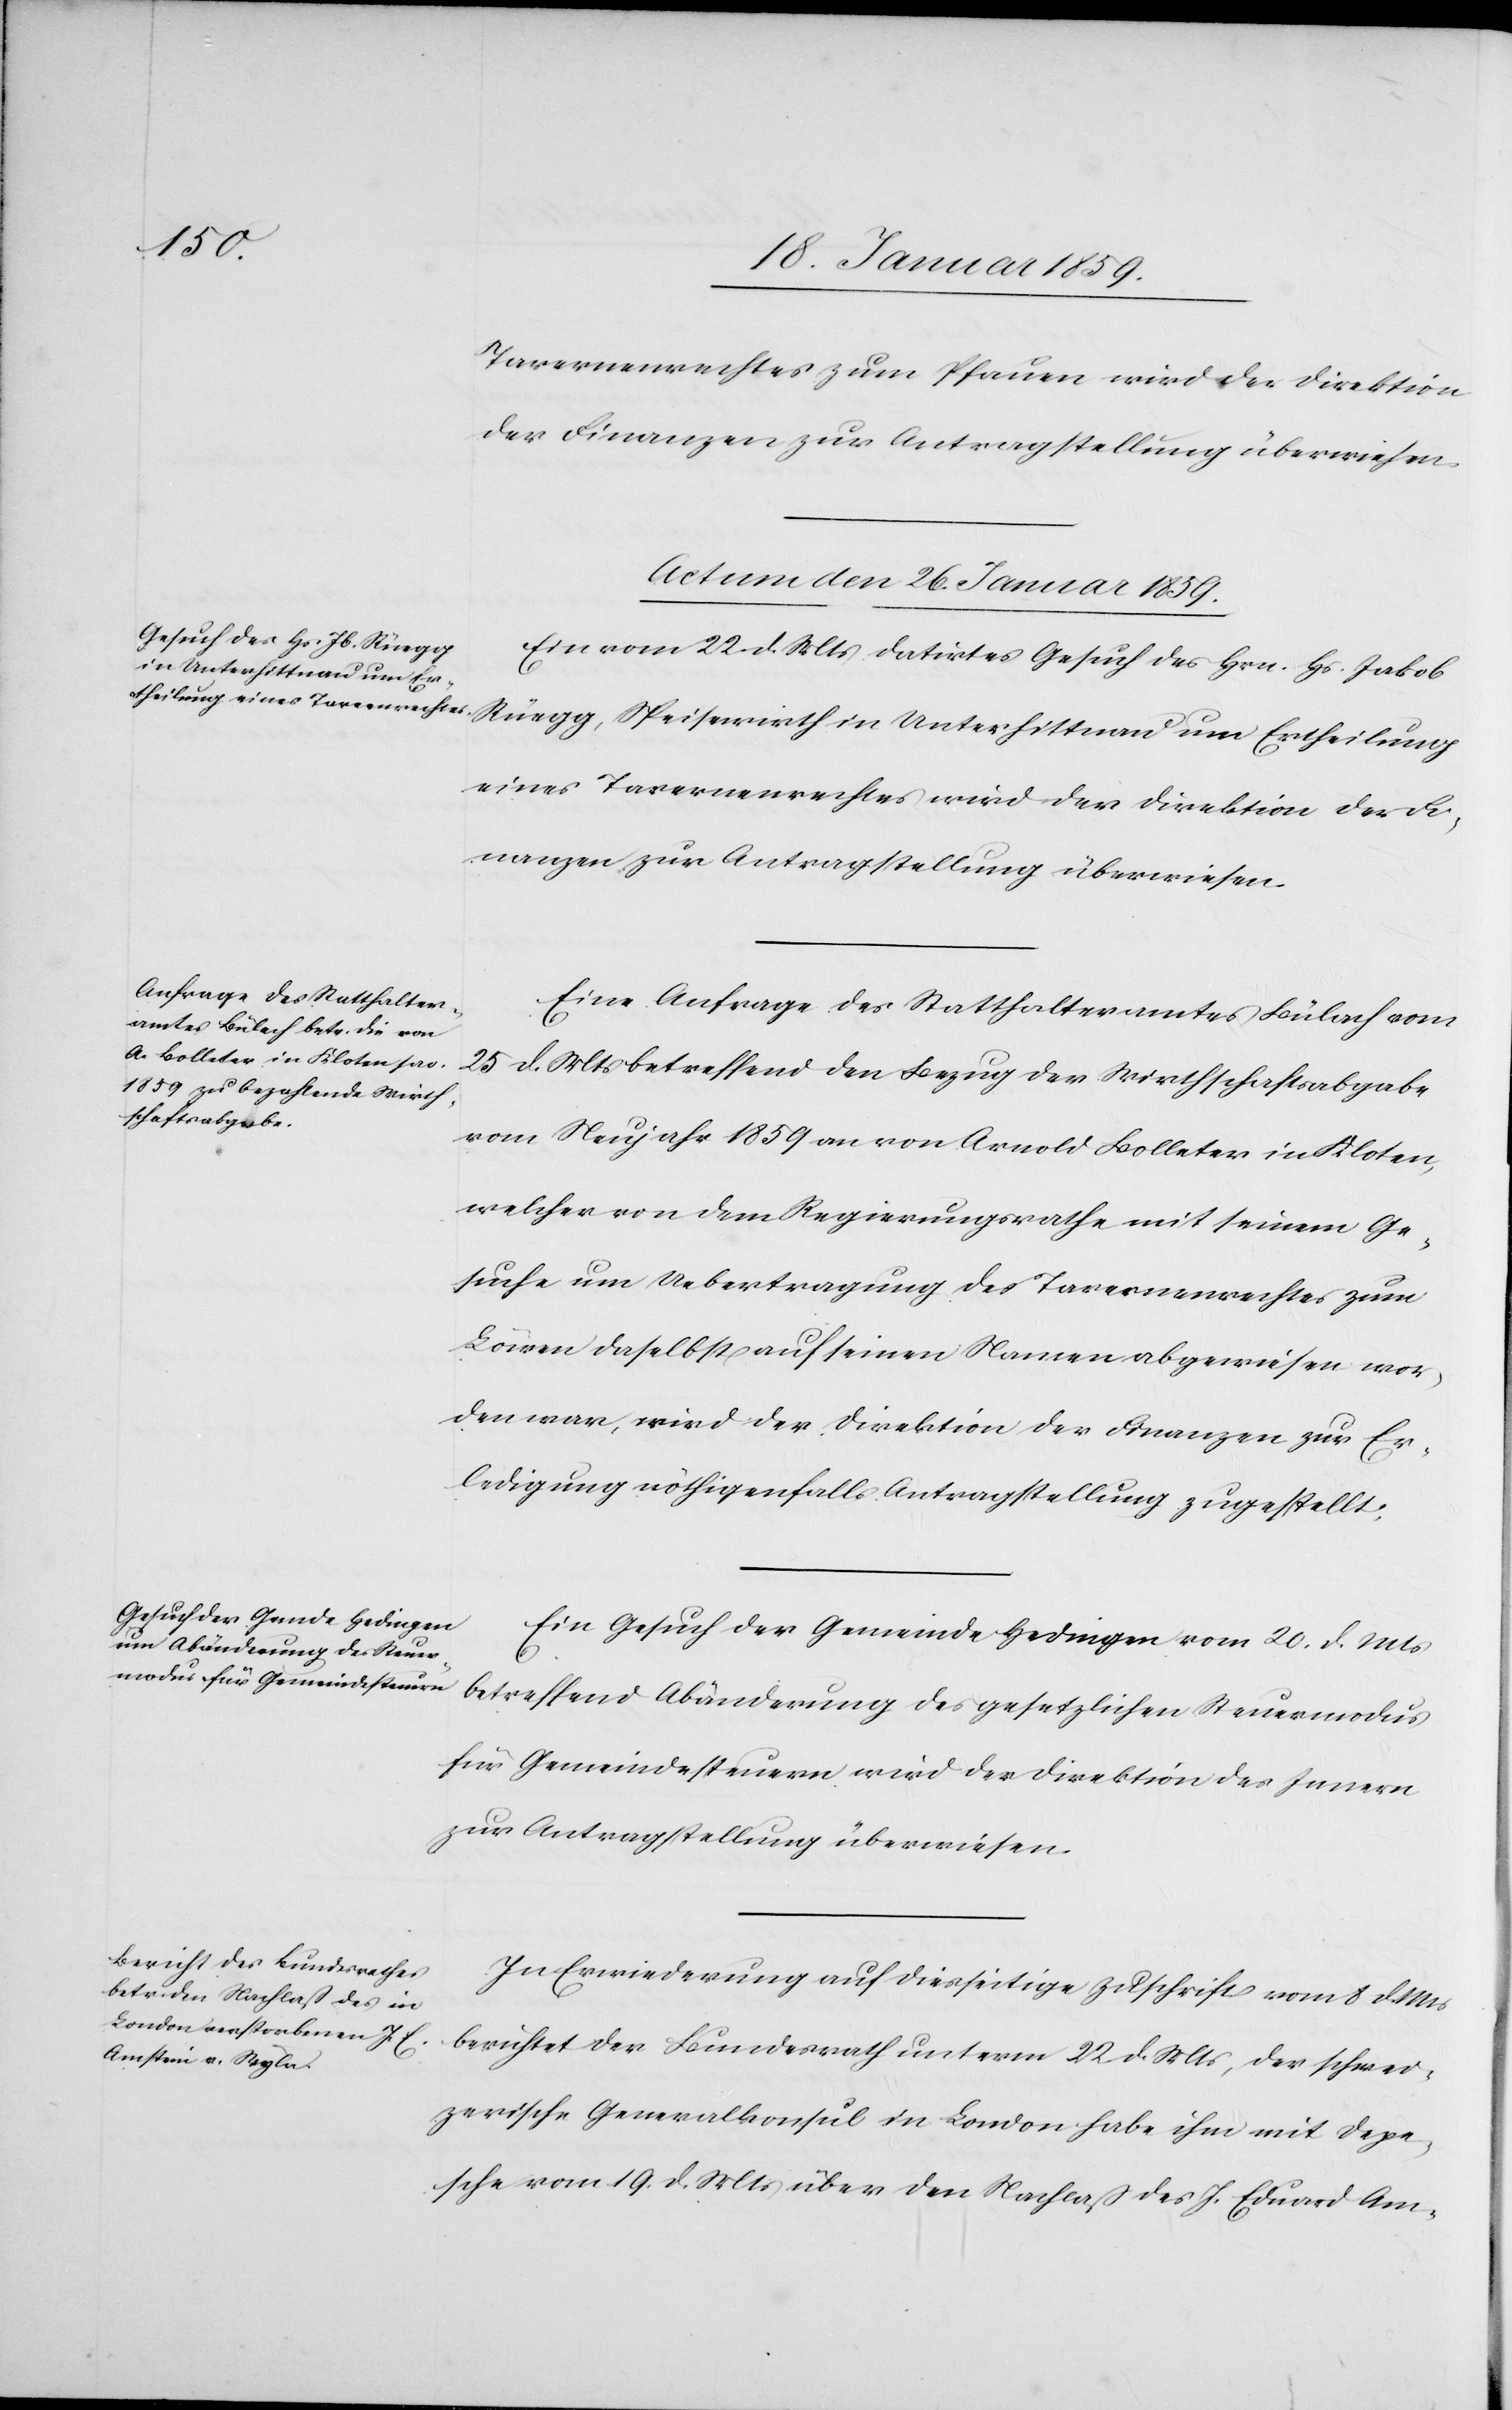
Tavernenrechtes zum Pfauen wird der Direktion
der Finanzen zur Antragstellung überwiesen.
Actum den 26. Januar 1859.]
Ein vom 22. d. Mts datirtes Gesuch des Hrn. Hs. Jakob
Rüegg, Speisewirth in Unterhittnau um Ertheilung
eines Tavernenrechtes wird der Direktion der Fi¬
nanzen zur Antragstellung überwiesen.
Eine Anfrage des Statthalteramtes Bülach vom
25 d. Mts betreffend den Bezug der Wirthschaftsabgabe
vom Neujahr 1859 an von Arnold Bolleter in Kloten,
welcher von dem Regierungsrathe mit seinem Ge¬
suche um Uebertragung des Tavernenrechtes zum
Löwen daselbst auf seinen Namen abgewiesen wor¬
den war, wird der Direktion der Finanzen zur Er¬
ledigung nöthigenfalls Antragstellung zugestellt.
Ein Gesuch der Gemeinde Hedingen vom 20. d. Mts
betreffend Abänderung des gesetzlichen Steuermodus
für Gemeindesteuern wird der Direktion des Innern
zur Antragstellung überwiesen.
In Erwiederung auf diesseitige Zuschrift vom 8 d. Mts
berichtet der Bundesrath unterm 22. d. Mts, der schwei¬
zerische Generalkonsul in London habe ihm mit Depe¬
sche vom 19. d. Mts über den Nachlaß des J. Eduard Am-